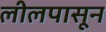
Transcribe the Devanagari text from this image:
लीलपासून